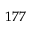
^ { 1 7 7 }